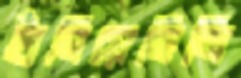
হাঁসিয়েছিলি